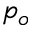
p _ { o }